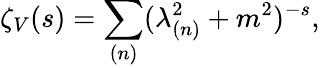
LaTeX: \zeta_{V}(s)=\sum_{(n)}(\lambda_{(n)}^{2}+m^{2})^{-s},